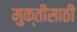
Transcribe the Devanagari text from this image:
मुक्तीसाठीं